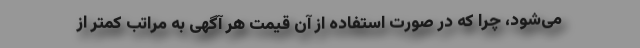
می‌شود، چرا که در صورت استفاده از آن قیمت هر آگهی به مراتب کمتر از